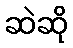
ဆဲဆို